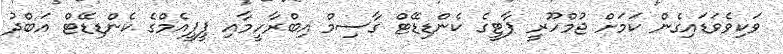
ވަކިވެވަޑައިގެން ކަމަށް ޖުމްހޫރީ ޕާޓީގެ ކެންޑިޑޭޓް ގާސިމް އިބްރާހީމާއި ޕީޕީއެމްގެ ކެންޑިޑޭޓް އަބްދު